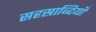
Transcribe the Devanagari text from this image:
सहस्राब्दियाँ